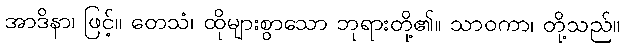
အာဒိနာ၊ ဖြင့်။ တေသံ၊ ထိုများစွာသော ဘုရားတို့၏။ သာဝကာ၊ တို့သည်။